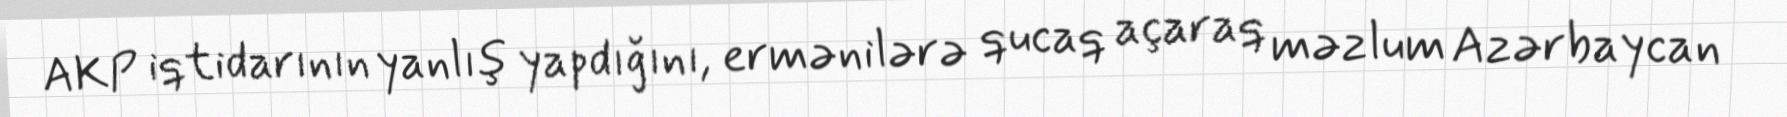
AKP iqtidarının yanlış yapdığını, ermənilərə qucaq açaraq məzlum Azərbaycan